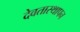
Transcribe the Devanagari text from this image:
देवतास्थापन